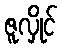
ဇူလှိုင်